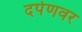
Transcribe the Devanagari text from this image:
दर्पणवर